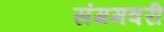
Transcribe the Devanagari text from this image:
संगमवरी